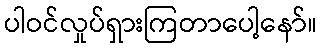
ပါဝင်လှုပ်ရှားကြတာပေါ့နော်။